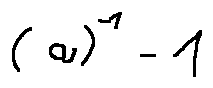
( a ) ^ { - 1 } - 1